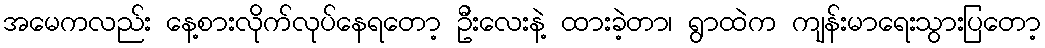
အမေကလည်း နေ့စားလိုက်လုပ်နေရတော့ ဦးလေးနဲ့ ထားခဲ့တာ၊ ရွာထဲက ကျန်းမာရေးသွားပြတော့